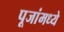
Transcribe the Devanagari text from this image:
पूजांमध्ये